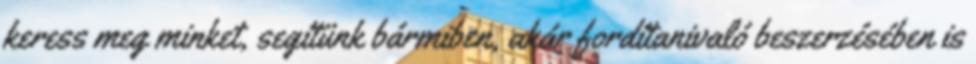
keress meg minket, segítünk bármiben, akár fordítanivaló beszerzésében is